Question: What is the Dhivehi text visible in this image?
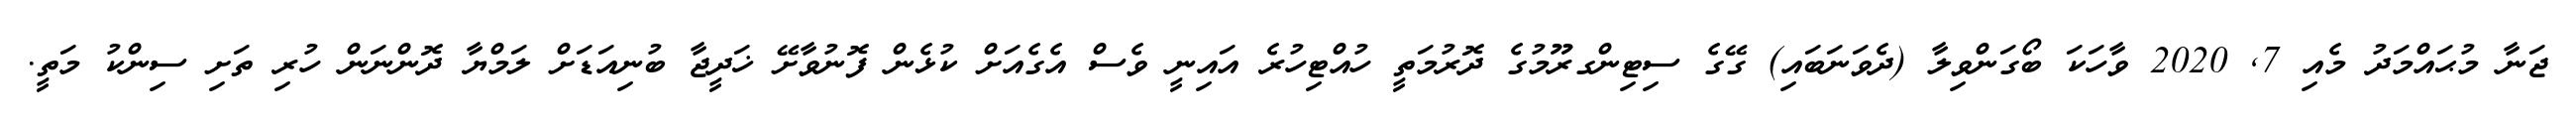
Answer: ޖަނާ މުޙައްމަދު މެއި 7, 2020 ވާހަކަ ބޯގަންވިލާ (ދެވަނަބައި) ގޭގެ ސިޓިންގރޫމުގެ ދޮރުމަތީ ހުއްޓިހުރެ އައިނީ ވެސް އެގެއަށް ކުޅެން ފޮނުވާށޭ ޚަދީޖާ ބުނިއަޑަށް ލަމްޔާ ދޮންނަން ހުރި ތަށި ސިންކު މަތީ.